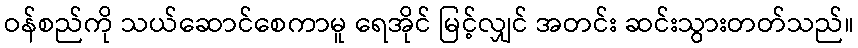
ဝန်စည်ကို သယ်ဆောင်စေကာမူ ရေအိုင် မြင့်လျှင် အတင်း ဆင်းသွားတတ်သည်။